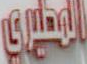
المطيري